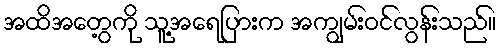
အထိအတွေ့ကို သူ့အရေပြားက အကျွမ်းဝင်လွန်းသည်။